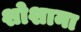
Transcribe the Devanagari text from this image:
शोशाना